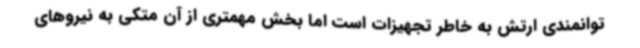
توانمندی ارتش به خاطر تجهیزات است اما بخش مهمتری از آن متکی به نیروهای